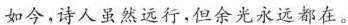
如今，诗人虽然远行，但余光永远都在。